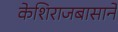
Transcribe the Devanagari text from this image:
केशिराजबासाने